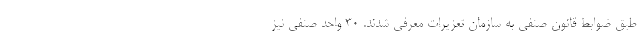
طبق ضوابط قانون صنفی به سازمان تعزیرات معرفی شدند. 30 واحد صنفی نیز